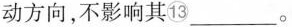
动方向，不影响其⑬ ____。